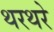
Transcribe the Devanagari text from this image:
थरथरे